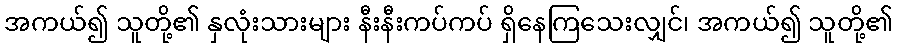
အကယ်၍ သူတို့၏ နှလုံးသားများ နီးနီးကပ်ကပ် ရှိနေကြသေးလျှင်၊ အကယ်၍ သူတို့၏